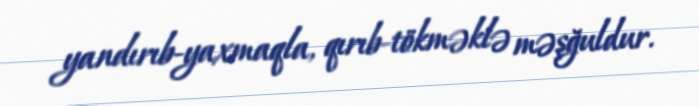
yandırıb-yaxmaqla, qırıb-tökməklə məşğuldur.